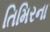
તિમિરના